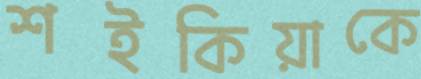
শইকিয়াকে